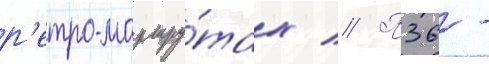
р'етро-маршру́тах // П36 -